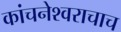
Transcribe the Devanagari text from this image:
कांचनेश्वराचाच